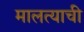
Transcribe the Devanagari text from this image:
मालत्याची